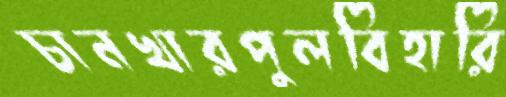
চানখারপুলবিহারি